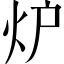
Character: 炉